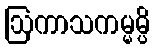
ဩကာသကမ္မမ္ပိ